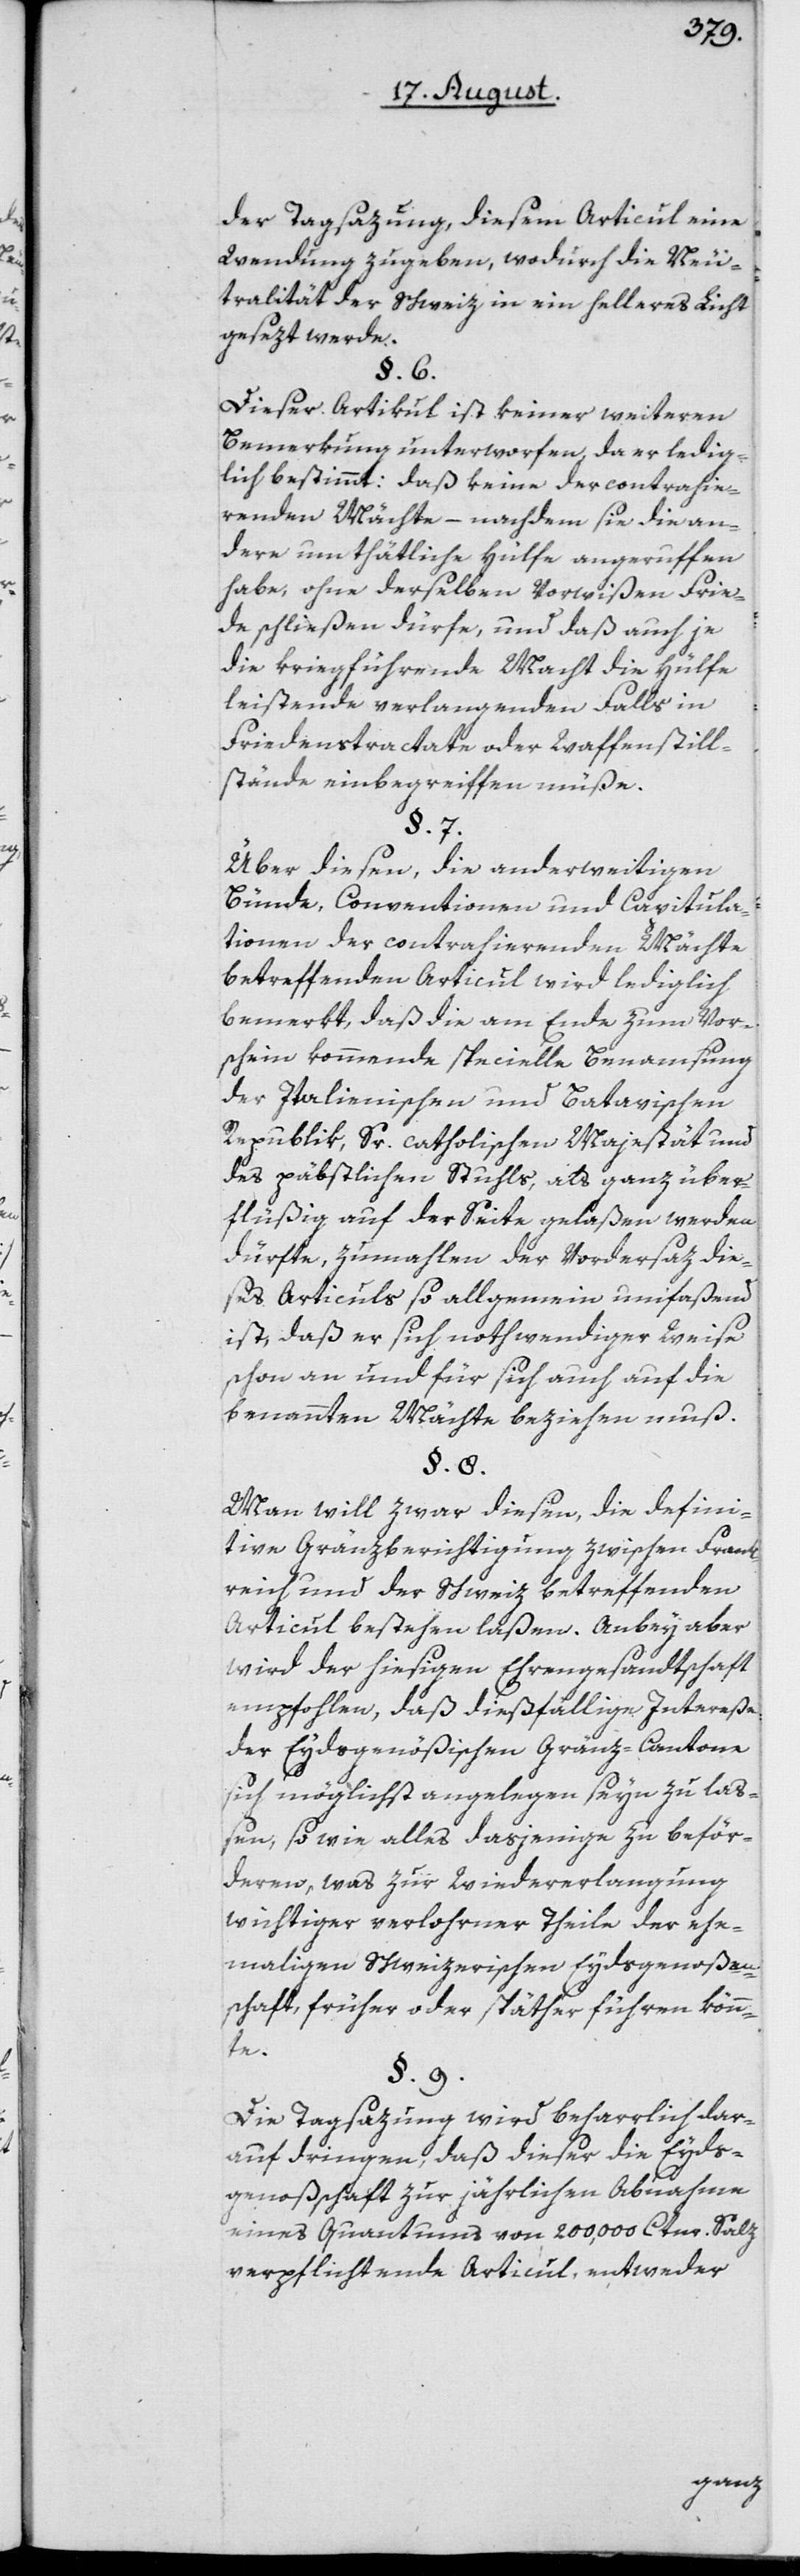
der Tagsazung, diesem Articul eine
Wendung zugeben, wodurch die Neu¬
tralität der Schweiz in ein helleres Licht
gesezt werde.
§. 6.
Dieser Artikul ist keiner weiteren
Bemerkung unterworfen, da er ledig¬
lich bestimmt: daß keine der contrahie¬
renden Mächte – nachdem sie die an¬
dere um thätliche Hülfe angeruffen
habe, ohne derselben Vorwißen Frie¬
de schließen dürfe, und daß auch je
die kriegführende Macht die Hülfe
leistende verlangenden Falls in
Friedenstractate oder Waffenstill¬
stände einbegreiffen müße.
§. 7.
Über diesen, die anderweitigen
Bünde, Conventionen und Capitula¬
tionen der contrahierenden Mächte
betreffenden Articul wird lediglich
bemerkt, daß die am Ende zum Vor¬
schein kommende specielle Benamsung
der Italienischen und Batavischen
Republik, Sr. catholischen Majestät und
des päbstlichen Stuhls, als ganz über¬
flüßig auf der Seite gelaßen werden
dürfte, zumahlen der Vordersaz die¬
ses Articuls so allgemein umfaßend
ist, daß er sich nothwendiger Weise
schon an und für sich auch auf die
benannten Mächte beziehen muß.
§. 8.
Man will zwar diesen, die defini¬
tive Gränzberichtigung zwischen Frank¬
reich und der Schweiz betreffenden
Articul bestehen laßen. Anbey aber
wird der hiesigen Ehrengesandtschaft
empfohlen, daß dießfällige Intereße
der Eydsgenößischen Gränz-Cantone
sich möglichst angelegen seyn zu laß¬
en, so wie alles dasjenige zu beför¬
deren, was zur Wiederelangung
wichtiger verlohrner Theile der ehe¬
maligen Schweizerischen Eydsgenoßen¬
schaft, früher oder später führen könn¬
te.
§. 9.
Die Tagsazung wird beharrlich dar¬
auf dringen, daß dieser die Eyds¬
genoßschaft zur jährlichen Abnahme
eines Quantums von 200,000 Ctnr. Salz
verpflichtende Articul, entweder